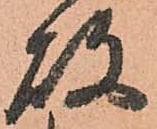
故